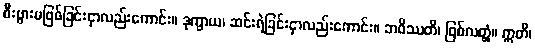
စီးပွားမဖြစ်ခြင်းငှာလည်းကောင်း။ ဒုက္ခာယ၊ ဆင်းရဲခြင်းငှာလည်းကောင်း။ ဘဝိဿတိ၊ ဖြစ်လတ္တံ့။ ဣတိ၊